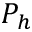
P _ { h }